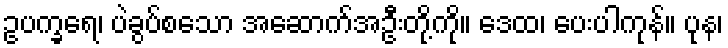
ဥပက္ခရေ၊ ပဲခွပ်စသော အဆောက်အဦးတို့ကို။ ဒေထ၊ ပေးပါကုန်။ ပုန၊